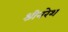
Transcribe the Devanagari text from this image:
श्रीनरेश